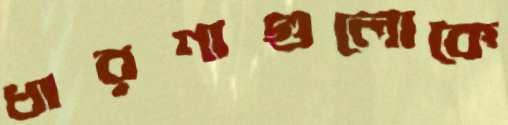
ধারণাগুলোকে